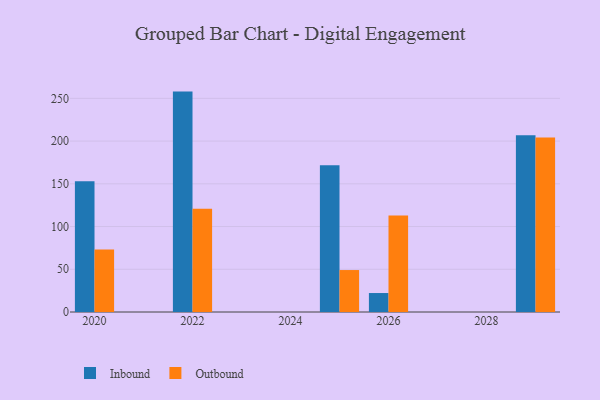
{"axis": {"x": "Year", "y": "Headcount"}, "legend": ["Inbound", "Outbound"], "data": [{"x": "2022", "y": 257.9, "type": "Inbound"}, {"x": "2022", "y": 120.7, "type": "Outbound"}, {"x": "2025", "y": 171.8, "type": "Inbound"}, {"x": "2025", "y": 49.1, "type": "Outbound"}, {"x": "2029", "y": 206.9, "type": "Inbound"}, {"x": "2029", "y": 204.2, "type": "Outbound"}, {"x": "2020", "y": 153.1, "type": "Inbound"}, {"x": "2020", "y": 73.0, "type": "Outbound"}, {"x": "2026", "y": 22.2, "type": "Inbound"}, {"x": "2026", "y": 112.9, "type": "Outbound"}]}